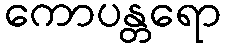
ကောပန္တရော